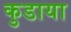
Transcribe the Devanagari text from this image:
कुडाया